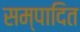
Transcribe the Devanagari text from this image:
सम्‍पादित